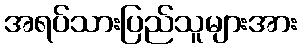
အရပ်သားပြည်သူများအား